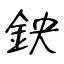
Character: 鉠